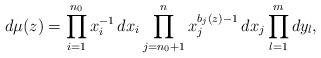
LaTeX: \begin{align*}d\mu(z) = \prod_{i=1}^{n_0} x_i^{-1}\, dx_i\prod_{j=n_0+1}^n x_j^{b_j(z)-1}\, dx_j\prod_{l=1}^m dy_l,\end{align*}